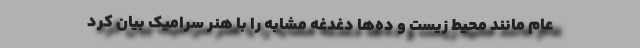
عام مانند محیط زیست و ده‌ها دغدغه مشابه را با هنر سرامیک بیان کرد